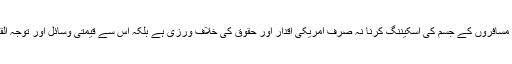
پارکر مزید کہتے ہیں کہ نسل کی بنیاد پر کسی پر شبہ کرنا اور تمام مسافروں کے جسم کی اسکیننگ کرنا نہ صرف امریکی اقدار اور حقوق کی خلاف ورزی ہے بلکہ اس سے قیمتی وسائل اور توجہ القاعدہ کے اصل خطرے سے ہٹ کر دوسری طرف منتقل ہو جاتی ہے۔